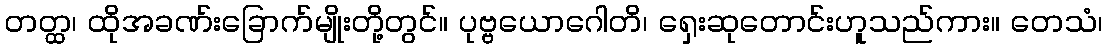
တတ္ထ၊ ထိုအခဏ်းခြောက်မျိုးတို့တွင်။ ပုဗ္ဗယောဂေါတိ၊ ရှေးဆုတောင်းဟူသည်ကား။ တေသံ၊